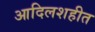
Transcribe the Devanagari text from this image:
आदिलशहीत